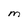
Character: M